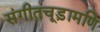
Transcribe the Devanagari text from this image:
संगीतचूड़ामणि